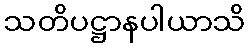
သတိပဋ္ဌာနပါယာသိ